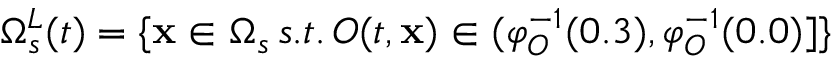
\Omega _ { s } ^ { L } ( t ) = \{ \mathbf { x } \in \Omega _ { s } \, s . t . \, O ( t , \mathbf { x } ) \in ( \varphi _ { O } ^ { - 1 } ( 0 . 3 ) , \varphi _ { O } ^ { - 1 } ( 0 . 0 ) ] \}